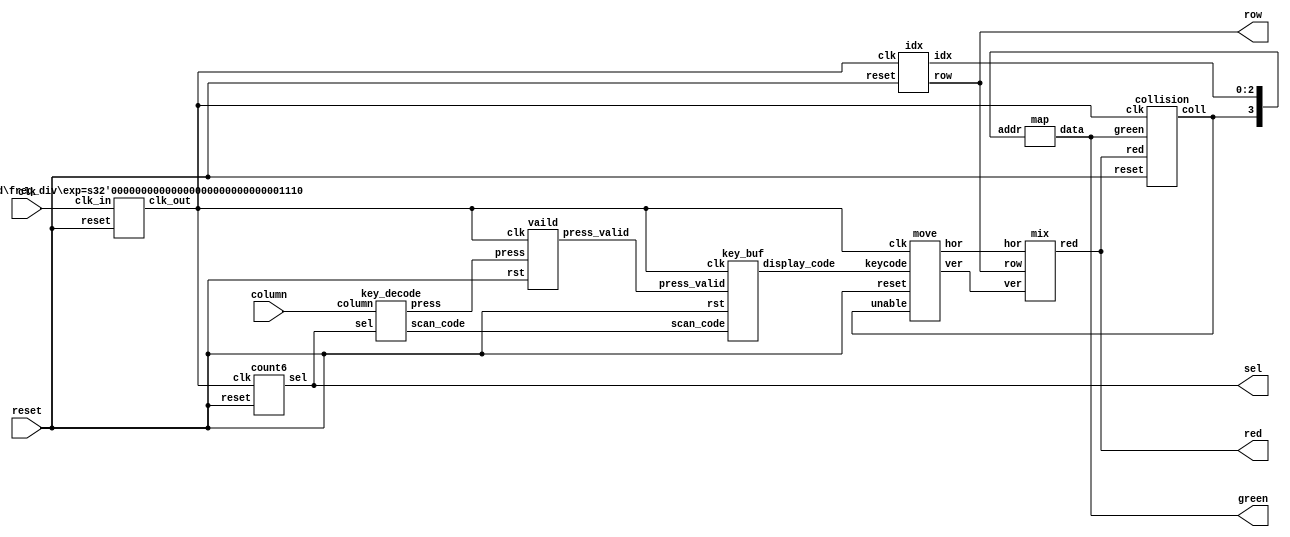
//
module 	LAB_08(clk, row, red, green, column, sel, reset);

input 		reset, clk;  // pin C16,W16(10MHz)   		
input 		[2:0]column;	//AA13,AB12,Y16	
output	[7:0]red, row, green;	
		// red:D7,D6,A9,C9,A8,C8,C11,B11
		//row:T22,R21,C6,B6,B5,A5,B7,A7
		//green:A10,B10,A13,A12,B12,D12,A15,A14
output 	[2:0]sel;		//AB10,AB11,AA12	
wire 		ck, press, press_vaild, coll;
wire 		[3:0]keycode, scancode, addr;
wire		[2:0]idx;
wire		[7:0]hor, ver;
assign 	addr = { coll, idx };
key_decode 	M1 (sel, column, press, scancode);
key_buf 	M2 (ck, reset, press_valid, scancode, keycode);
vaild		M3 (ck, reset, press, press_valid);
count6  	M4 (ck, reset, sel);
move		M5 (reset, coll, keycode, ver, hor, ck);
 	
freq_div#(14) 	M6 (clk, reset, ck);

map		M7 (addr,green);
idx		M8 (ck, reset, idx, row);
mix		M9 (ver, hor, row, red);
collision 	M10 (ck, reset, red, green, coll);
endmodule

module freq_div(clk_in, reset, clk_out);
parameter exp = 20;   
input clk_in, reset;
output clk_out;
reg[exp-1:0] divider;
integer i;
assign clk_out= divider[exp-1];
always@ (posedge clk_in or posedge reset)	//
begin
if(reset)
for(i=0; i < exp; i=i+1)
divider[i] = 1'b0;
else
divider = divider+ 1'b1;
end
endmodule

module 	mix(ver, hor, row, red);
input		[7:0]ver, hor, row;
output 	[7:0]red;
assign 	red= (ver==row)?hor:8'b0;
endmodule

module 	idx(clk, reset, idx, row);
input		 reset, clk;
output reg	[2:0]idx;
output reg	[7:0]row;
always@(posedge clk or posedge reset)
begin
	if(reset) begin
		idx<=3'b000;
		row<=8'b1000_0000;
	end
	else begin
		idx<=idx+3'b001;
		row<={row[0],row[7:1]};
	end
end
endmodule


module map(addr,data);
input		[3:0]addr;
output reg 	[7:0]data;
always@(addr)
begin
case(addr)

	4'd0  	:data= 8'b0111_1111;           //
	4'd1  	:data= 8'b0001_1111;
	4'd2  	:data= 8'b1101_1111;
	4'd3  	:data= 8'b0001_0100;
	4'd4  	:data= 8'b0111_0101;
	4'd5  	:data= 8'b0110_0001;
	4'd6  	:data= 8'b0110_1111;
	4'd7  	:data= 8'b0000_1111;

	
	
	4'd8  :data=8'b1111_1111;
	4'd9  :data=8'b1111_1111;
	4'd10	:data=8'b1111_1111;
	4'd11	:data=8'b1111_1111;
	4'd12	:data=8'b1111_1111;
	4'd13	:data=8'b1111_1111;
	4'd14	:data=8'b1111_1111;
	4'd15	:data=8'b1111_1111;
	default	:data=8'b0000_0000;
endcase
end
endmodule


module	move(reset, unable, keycode, ver, hor, clk);
input 		reset, clk, unable;
input 		[3:0]keycode;
output 	[7:0]ver, hor;
wire		left, right, up, down;

assign 	left  = ~keycode[1]&  keycode[2];
assign 	right =  keycode[1]&  keycode[2];
assign 	up    =  keycode[1]& ~keycode[2];
assign	down  =  keycode[3];

shift S1(left, right, reset, unable, hor, clk); //left & right
shift S2(up, down, reset, unable, ver, clk); //up & down

endmodule


module 	shift(left, right, reset, unable, out, clk);
input 		left, right, reset, clk, unable;
output reg	[7:0]out;
always@(posedge clk or posedge reset)
begin
	if(reset)
		out<=8'b0000_1000;
	else if(unable) 		//
 		out<=8'b0000_0000;
 	else if(left)
		out<={out[6:0],out[7]};
	else if(right)
		out<={out[0],out[7:1]};
 	else
  		out<=out;
end
endmodule

module  	collision(clk, reset, red, green, coll);
input		clk, reset;
input		[7:0]red, green;
output reg 	coll;
always@(posedge clk or posedge reset)
begin
	if(reset)
		coll<=1'b0;
	else if((red & green) != 8'b0)    //
		coll<=1'b1;
	else
		coll<=coll;
end
endmodule

module count6(clk, reset, sel);  //
input 	clk, reset;
output 	[2:0]sel;
reg 		[2:0]sel;
always@(posedge clk or posedge reset)begin
	if(reset) begin
		sel <= 3'b0;
	end
	else if(sel == 3'b101) begin
		sel <= 3'b0;
	end
	else begin
		sel <= sel + 1;
	end
end
endmodule

module vaild (clk, rst, press, press_valid);  //
input		press, clk, rst;
output 	press_valid;
reg 		[5:0]gg;  //Bitcountcount6count6bit
assign press_valid = ~(gg[5] || (~press));
always@(posedge clk or posedge rst)begin
	if(rst)
		gg <= 6'b0;
	else
		gg <= {gg[4:0], press};
	end
endmodule

module key_buf(clk, rst, press_valid, scan_code, display_code);  //
input 	clk, rst, press_valid;
input 	[3:0]scan_code;
output 	[3:0]display_code;
reg 		[3:0]display_code;
always@(posedge clk or posedge rst)begin
	if(rst)
		display_code = 4'b0000;  //initial value
	else
		display_code = press_valid ?  scan_code : 4'b0000;  //{Left_shift_value} : Previous_ value;
end
endmodule

module key_decode(sel, column, press, scan_code);
input		[2:0]sel;		//
input		[2:0]column;	//
output 	press;
output	[3:0]scan_code;
reg		[3:0]scan_code;
reg 		press;

always@(sel or column)begin
	case(sel)
		3'b000:
			case(column)
				//3'b011: begin scan_code = 4'b0001; press = 1'b1;end   // 1
				3'b101: begin scan_code = 4'b0010; press = 1'b1;end   // 2
				//3'b110: begin scan_code = 4'b0011; press = 1'b1;end   // 3
				default:begin scan_code = 4'b1111; press = 1'b0;end
			endcase
		3'b001:
			case(column)
				3'b011: begin scan_code = 4'b0100; press = 1'b1;end   // 4
				//3'b101: begin scan_code = 4'b0101; press = 1'b1;end   // 5
				3'b110: begin scan_code = 4'b0110; press = 1'b1;end   // 6
				default:begin scan_code = 4'b1111; press = 1'b0;end
			endcase 
		3'b010:
			case(column)
				//3'b011: begin scan_code = 4'b0111; press = 1'b1;end   // 7
				3'b101: begin scan_code = 4'b1000; press = 1'b1;end   // 8
				//3'b110: begin scan_code = 4'b1001; press = 1'b1;end   // 9
				default:begin scan_code = 4'b1111; press = 1'b0;end
			endcase
		3'b011:
			case(column)
				3'b101: begin scan_code = 4'b0000; press = 1'b1;end   // 0
				default:begin scan_code = 4'b1111; press = 1'b0;end
			endcase
		default:begin
			scan_code = 4'b1111; press = 1'b0;end
	endcase
end
endmodule